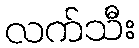
လက်သီး